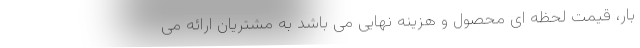
بار، قیمت لحظه ای محصول و هزینه نهایی می باشد به مشتریان ارائه می